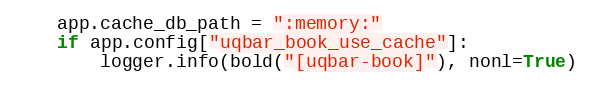
Language: Python
    app.cache_db_path = ":memory:"
    if app.config["uqbar_book_use_cache"]:
        logger.info(bold("[uqbar-book]"), nonl=True)